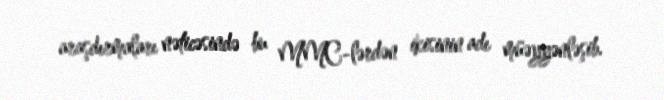
araşdırmaları nəticəsində bu MMC-lərdən ikisinin adı müəyyənləşib.